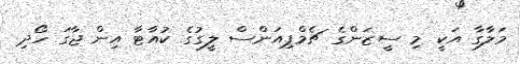
މަލާގާ އަކީ މި ސީޒަންގެ ޗެމްޕިއަންސް ލީގުގެ ކުއާޓާ އިން ޖާގަ ހޯދި